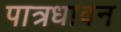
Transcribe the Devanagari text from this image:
पात्रधावन